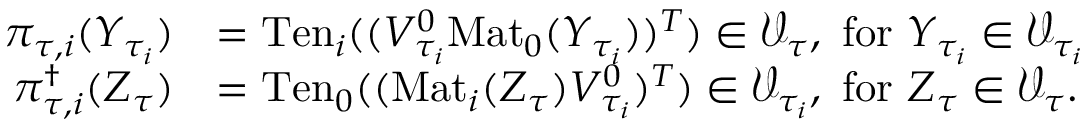
\begin{array} { r l } { \pi _ { \tau , i } ( Y _ { \tau _ { i } } ) } & { = \mathrm { T e n } _ { i } ( ( V _ { \tau _ { i } } ^ { 0 } \mathrm { M a t } _ { 0 } ( Y _ { \tau _ { i } } ) ) ^ { T } ) \in \mathcal { V } _ { \tau } , \ \mathrm { f o r } \ Y _ { \tau _ { i } } \in \mathcal { V } _ { \tau _ { i } } } \\ { \pi _ { \tau , i } ^ { \dagger } ( Z _ { \tau } ) } & { = \mathrm { T e n } _ { 0 } ( ( \mathrm { M a t } _ { i } ( Z _ { \tau } ) V _ { \tau _ { i } } ^ { 0 } ) ^ { T } ) \in \mathcal { V } _ { \tau _ { i } } , \ \mathrm { f o r } \ Z _ { \tau } \in \mathcal { V } _ { \tau } . } \end{array}